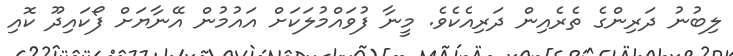
ލިބުނު ދަރިންގެ ތެރެއިން ދަރިއެކެވެ. މީނާ ފުވައްމުލަކަށް އައުމުން އޭނާޔަށް ފޯކައިދޫ ކޮއި